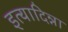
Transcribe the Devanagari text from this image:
इत्यादिन्ना